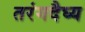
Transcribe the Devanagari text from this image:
तरंगदैघ्य